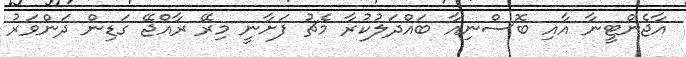
އާޖެންޓީނާ އާއި ބޮސްނިއާ ބައްދަލުކުރާ މެޗު ފަށާނީ މިރޭ ރާއްޖޭ ގަޑިން ދަންވަރު